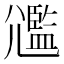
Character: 𡰛